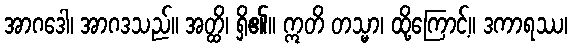
အာဂဒေါ၊ အာဂဒသည်။ အတ္ထိ၊ ရှိ၏။ ဣတိ တသ္မာ၊ ထို့ကြောင့်။ ဒကာရဿ၊